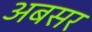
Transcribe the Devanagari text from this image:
अबसर